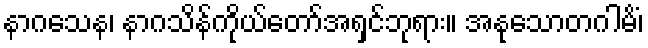
နာဂသေန၊ နာဂသိန်ကိုယ်တော်အရှင်ဘုရား။ အနုသောတဂါမိံ၊